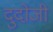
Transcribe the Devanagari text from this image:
दुदोजी